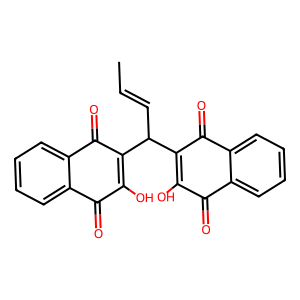
SMILES: CC=CC(C1=C(O)C(=O)c2ccccc2C1=O)C1=C(O)C(=O)c2ccccc2C1=O
Inhibits HIV replication: No